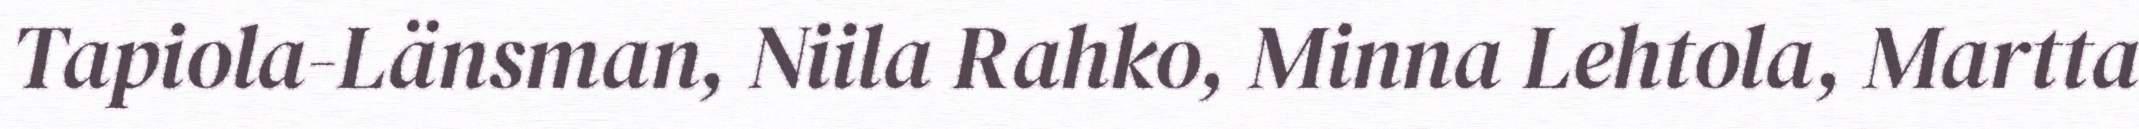
Tapiola-Länsman, Niila Rahko, Minna Lehtola, Martta